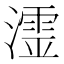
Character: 𭲬